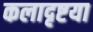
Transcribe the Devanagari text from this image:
कलादृष्टया